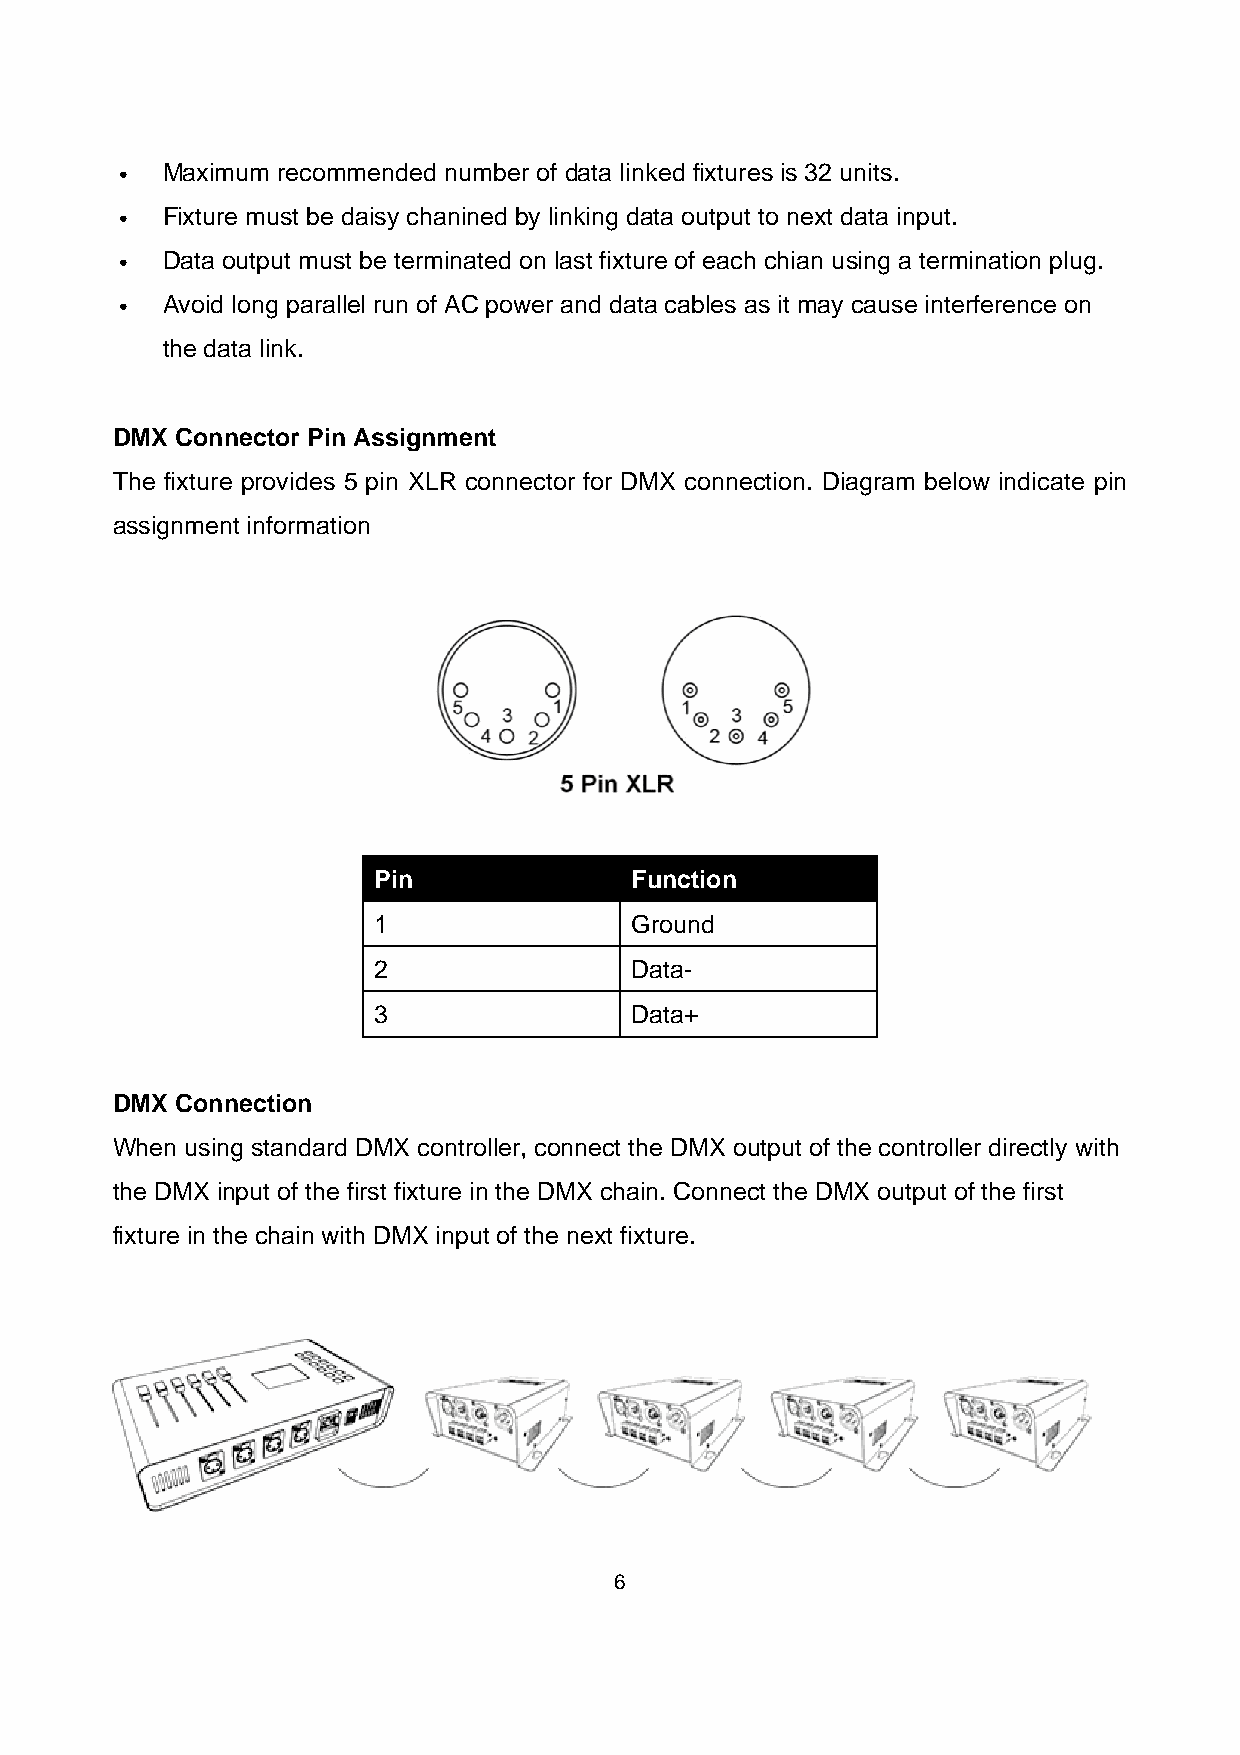
․   Maximum recommended number of data linked fixtures is 32 units.
 ․   Fixture must be daisy chanined by linking data output to next data input.
 ․   Data output must be terminated on last fixture of each chian using a termination plug.
 ․   Avoid long parallel run of AC power and data cables as it may cause interference on
 the data link.
 DMX  Connector Pin Assignment
 The fixture provides 5 pin XLR connector for DMX connection. Diagram below indicate pin
 assignment information
 Pin              Function
 1                Ground
 2                Data-
 3                Data+
 DMX  Connection
 When using standard DMX controller, connect the DMX output of the controller directly with
 the DMX input of the first fixture in the DMX chain. Connect the DMX output of the first
 fixture in the chain with DMX input of the next fixture.
 6